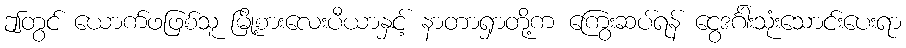
ဤတွင် ယောက်ဖဖြစ်သူ မြို့စားလေးပီယာနှင့် နာတာရှာတို့က ကြွေးဆပ်ရန် ငွေဒင်္ဂါးသုံးသောင်းပေးရာ